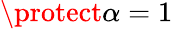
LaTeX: \protect\alpha=1